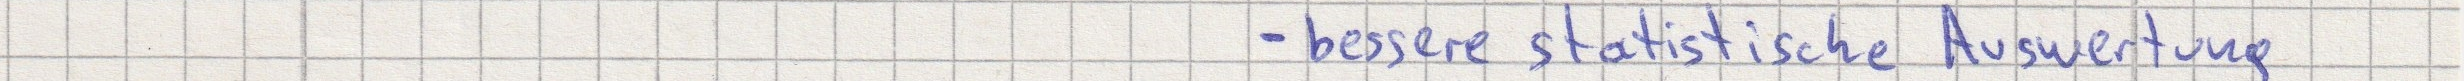
- bessere statistische Auswertung